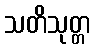
သတိသုတ္တ